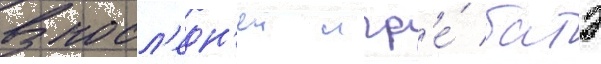
В посл'едн'еи игр'е́ батэ